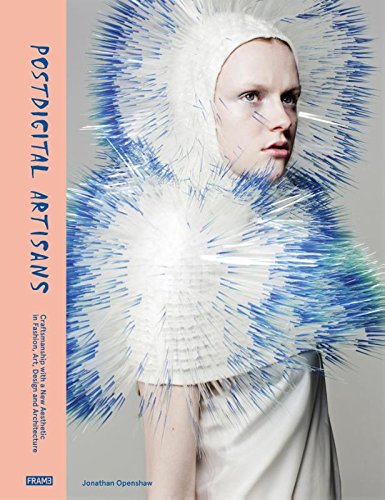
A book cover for Postdigital Artisans: Craftsmanship With a New Aesthetic in Fashion, Art, Design and Architecture; Jonathan Openshaw; Arts & Photography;